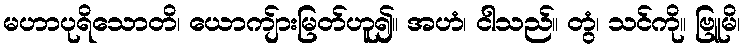
မဟာပုရိသောတိ၊ ယောကျ်ားမြတ်ဟူ၍။ အဟံ၊ ငါသည်။ တွံ၊ သင်ကို။ ဗြူမိ၊